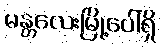
မန္တလေးမြို့ပေါ်ရှိ